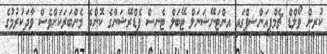
ކުރިން ވޯލްޑް ޗެމްޕިއަންޝިޕްގައި އިންޓަނޭޝަނަލް ޓޭބަލް ޓެނިސް ފެޑްރޭޝަންގެ ކޮންމެ މެންބަރަކަށްވެސް ވާދަކުރުމުގެ